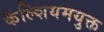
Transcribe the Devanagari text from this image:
कॅल्शियमयुक्त